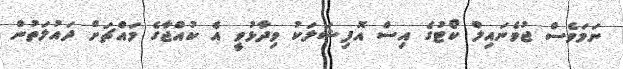
ނަމަވެސް ޖުވެނައިލް ކޯޓުގެ އިސް އޮފިޝަލަކު ވިދާޅުވީ އެ ކުއްޖާގެ މައްޗަށް ދައުލަތުން